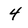
Character: 4